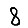
Digit: 8